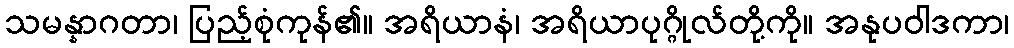
သမန္နာဂတာ၊ ပြည့်စုံကုန်၏။ အရိယာနံ၊ အရိယာပုဂ္ဂိုလ်တို့ကို။ အနုပဝါဒကာ၊